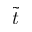
\Tilde { t }